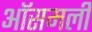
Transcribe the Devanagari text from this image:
ऑसमली